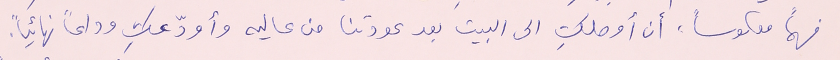
فهماً معكوساً. أن أوصلكِ الى البيت بعد عودتنا من عاليه وأودّعكِ وداعاً نهائياً.